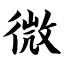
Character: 微